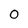
Character: 0